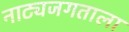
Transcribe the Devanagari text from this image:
नाट्यजगताला